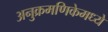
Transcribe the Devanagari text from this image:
अनुक्रमणिकेमध्ये